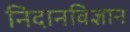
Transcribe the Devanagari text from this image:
निदानविज्ञान